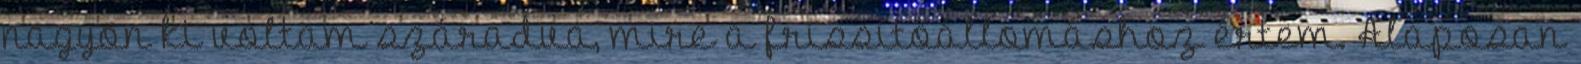
nagyon ki voltam száradva, mire a frissítőállomáshoz értem. Alaposan